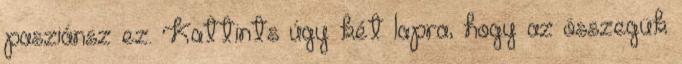
pasziánsz ez. Kattints úgy két lapra, hogy az összegük